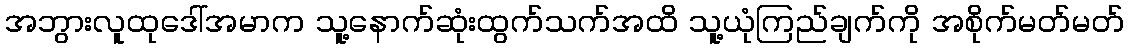
အဘွားလူထုဒေါ်အမာက သူ့နောက်ဆုံးထွက်သက်အထိ သူ့ယုံကြည်ချက်ကို အစိုက်မတ်မတ်